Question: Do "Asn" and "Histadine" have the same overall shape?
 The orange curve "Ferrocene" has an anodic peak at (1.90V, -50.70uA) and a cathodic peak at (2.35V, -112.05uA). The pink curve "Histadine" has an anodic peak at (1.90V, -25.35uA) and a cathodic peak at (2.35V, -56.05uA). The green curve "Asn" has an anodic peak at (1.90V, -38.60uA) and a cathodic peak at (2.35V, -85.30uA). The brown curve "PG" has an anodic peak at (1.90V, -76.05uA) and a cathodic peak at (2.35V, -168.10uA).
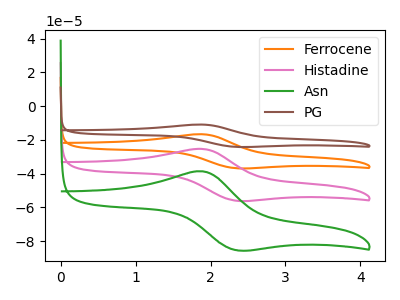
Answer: <think>All the peaks in "Asn" have a peak in "Histadine" at the same potential.
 </think>
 <answer>"Asn" and "Histadine" are similar in shape.</answer>
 <eval>same_shape</eval>